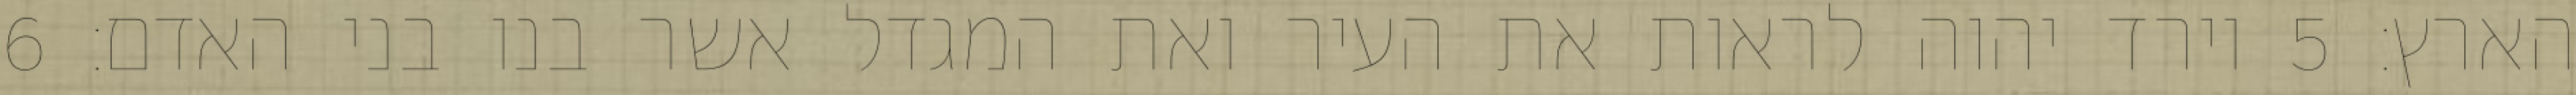
הארץ׃ ‎5‏ וירד יהוה לראות את העיר ואת המגדל אשר בנו בני האדם׃ ‎6‏